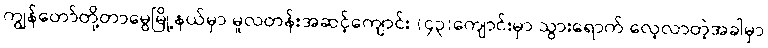
ကျွန်တော်တို့တာမွေမြို့နယ်မှာ မူလတန်းအဆင့်ကျောင်း (၄၃)ကျောင်းမှာ သွားရောက် လေ့လာတဲ့အခါမှာ